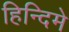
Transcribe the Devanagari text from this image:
हिन्दिमे